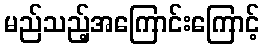
မည်သည့်အကြောင်းကြောင့်